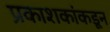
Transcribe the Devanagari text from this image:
प्रकाशकांकडून